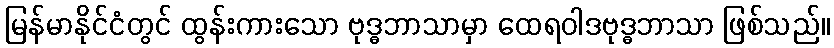
မြန်မာနိုင်ငံတွင် ထွန်းကားသော ဗုဒ္ဓဘာသာမှာ ထေရဝါဒဗုဒ္ဓဘာသာ ဖြစ်သည်။